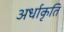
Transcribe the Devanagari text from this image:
अर्धाकृति